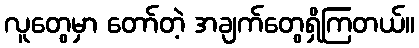
လူတွေမှာ တော်တဲ့ အချက်တွေရှိကြတယ်။